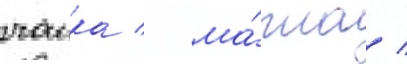
чаика / ма́жа /